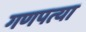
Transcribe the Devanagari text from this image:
गणपत्या